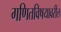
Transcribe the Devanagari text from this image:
गणितविषयावरील